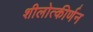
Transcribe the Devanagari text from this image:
शीलोत्कीर्णन